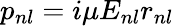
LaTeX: p_{nl}=i\mu E_{nl}r_{nl}